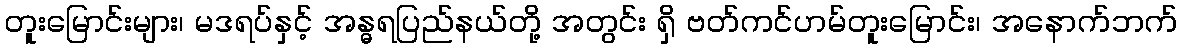
တူးမြောင်းများ၊ မဒရပ်နှင့် အန္ဓရပြည်နယ်တို့ အတွင်း ရှိ ဗတ်ကင်ဟမ်တူးမြောင်း၊ အနောက်ဘက်